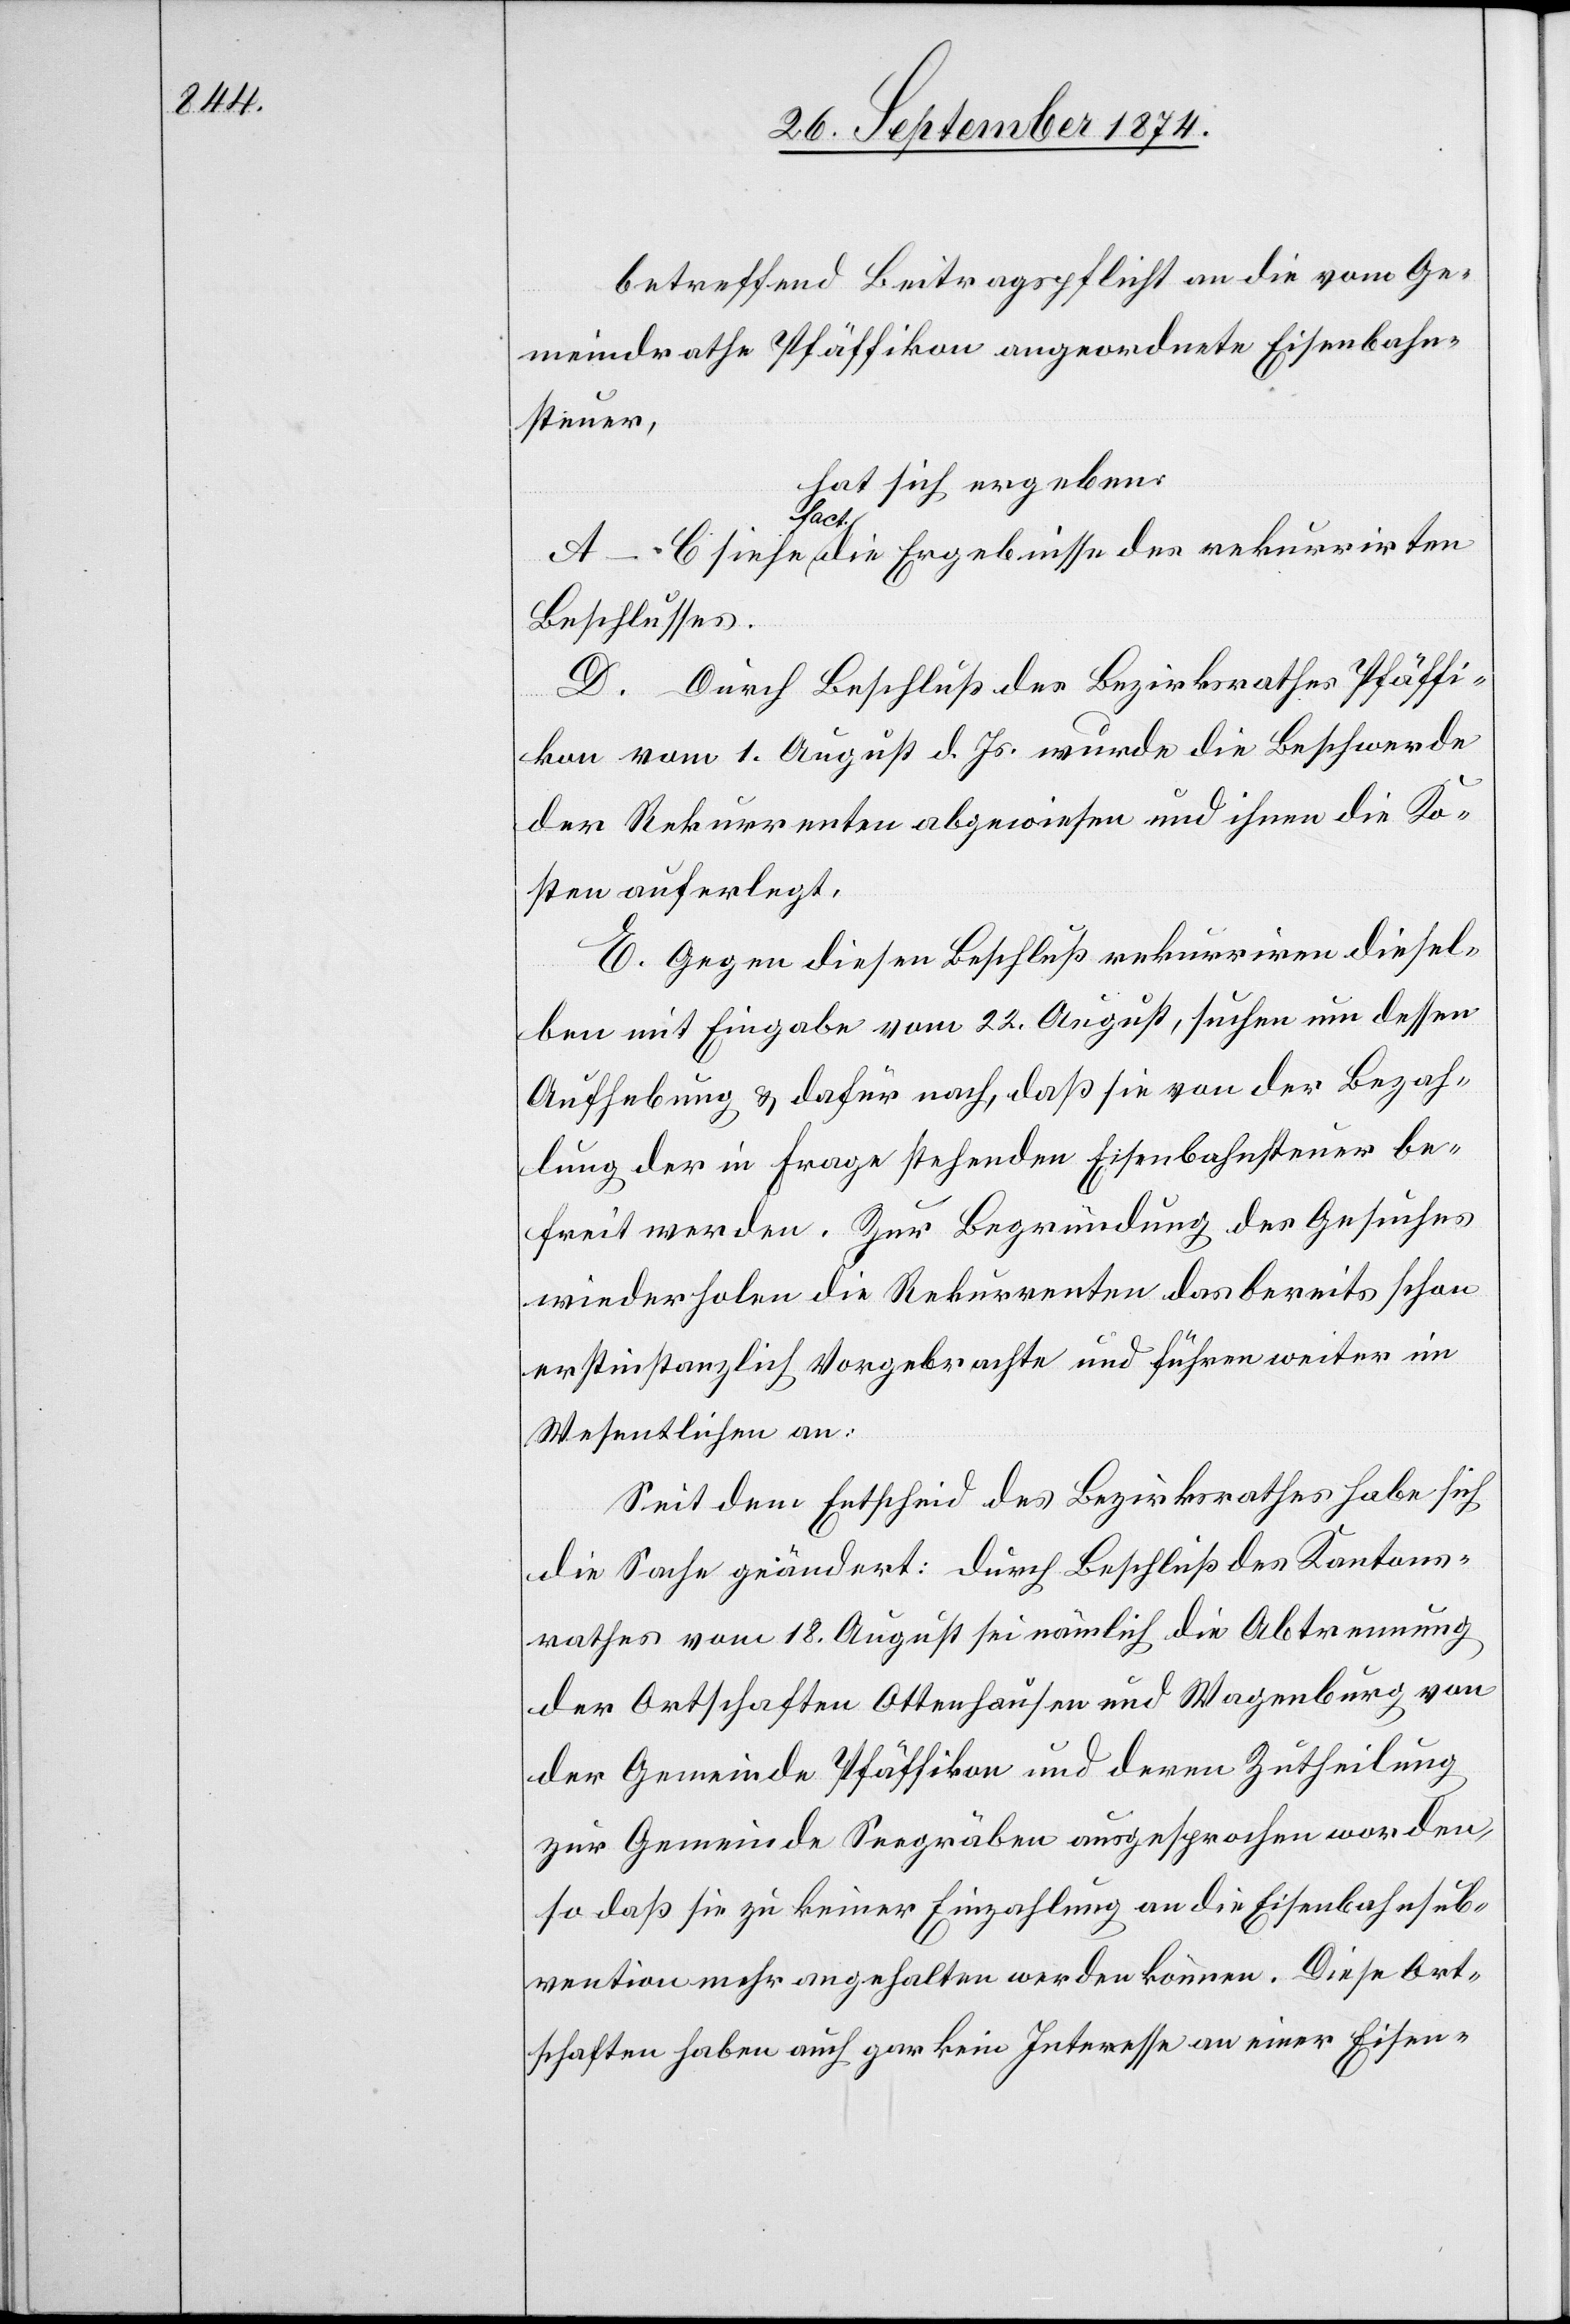
betreffend Beitragspflicht an die vom Ge¬
meindrathe Pfäffikon angeordnete Eisenbahn¬
steuer,
hat sich ergeben:
siehe
Beschlusses.
D. Durch Beschluß des Bezirksrathes Pfäffi¬
kon vom 1. August d. Js. wurde die Beschwerde
der Rekurrenten abgewiesen und ihnen die Ko¬
sten auferlegt.
E. Gegen diesen Beschluß rekurriren diesel¬
ben mit Eingabe vom 22. August, suchen um dessen
Aufhebung & dafür nach, daß sie von der Bezah¬
lung der in Frage stehenden Eisenbahnsteuer be¬
freit werden. Zur Begründung des Gesuches
wiederholen die Rekurrenten das bereits schon
erstinstanzlich Vorgebrachte und führen weiter im
Wesentlichen an:
Seit dem Entscheid des Bezirksrathes habe sich
die Sache geändert: durch Beschluß des Kantons¬
rathes vom 18. August sei nämlich die Abtrennung
der Ortschaften Ottenhausen und Wagenburg von
der Gemeinde Pfäffikon und deren Zutheilung
zur Gemeinde Seegräben ausgesprochen worden,
so daß sie zu keiner Einzahlung an die Eisenbahnsub¬
vention mehr angehalten werden können. Diese Ort¬
schaften haben auch gar kein Interesse an einer Eisen-